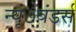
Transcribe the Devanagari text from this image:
न्यू७वंडर्स